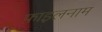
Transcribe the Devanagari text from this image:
फ़ाइलनाम